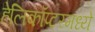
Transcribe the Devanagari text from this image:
हेलिकॉप्टरमध्ये